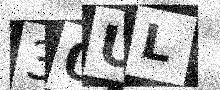
Text: 30UL